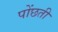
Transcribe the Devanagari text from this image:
पोंछती